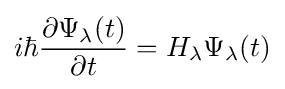
i\hbar {\frac {\partial \Psi _{\lambda }(t)}{\partial t}}=H_{\lambda }\Psi _{\lambda }(t)